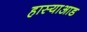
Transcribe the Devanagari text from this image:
हास्याआड